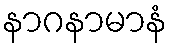
နာဂနာမာနံ